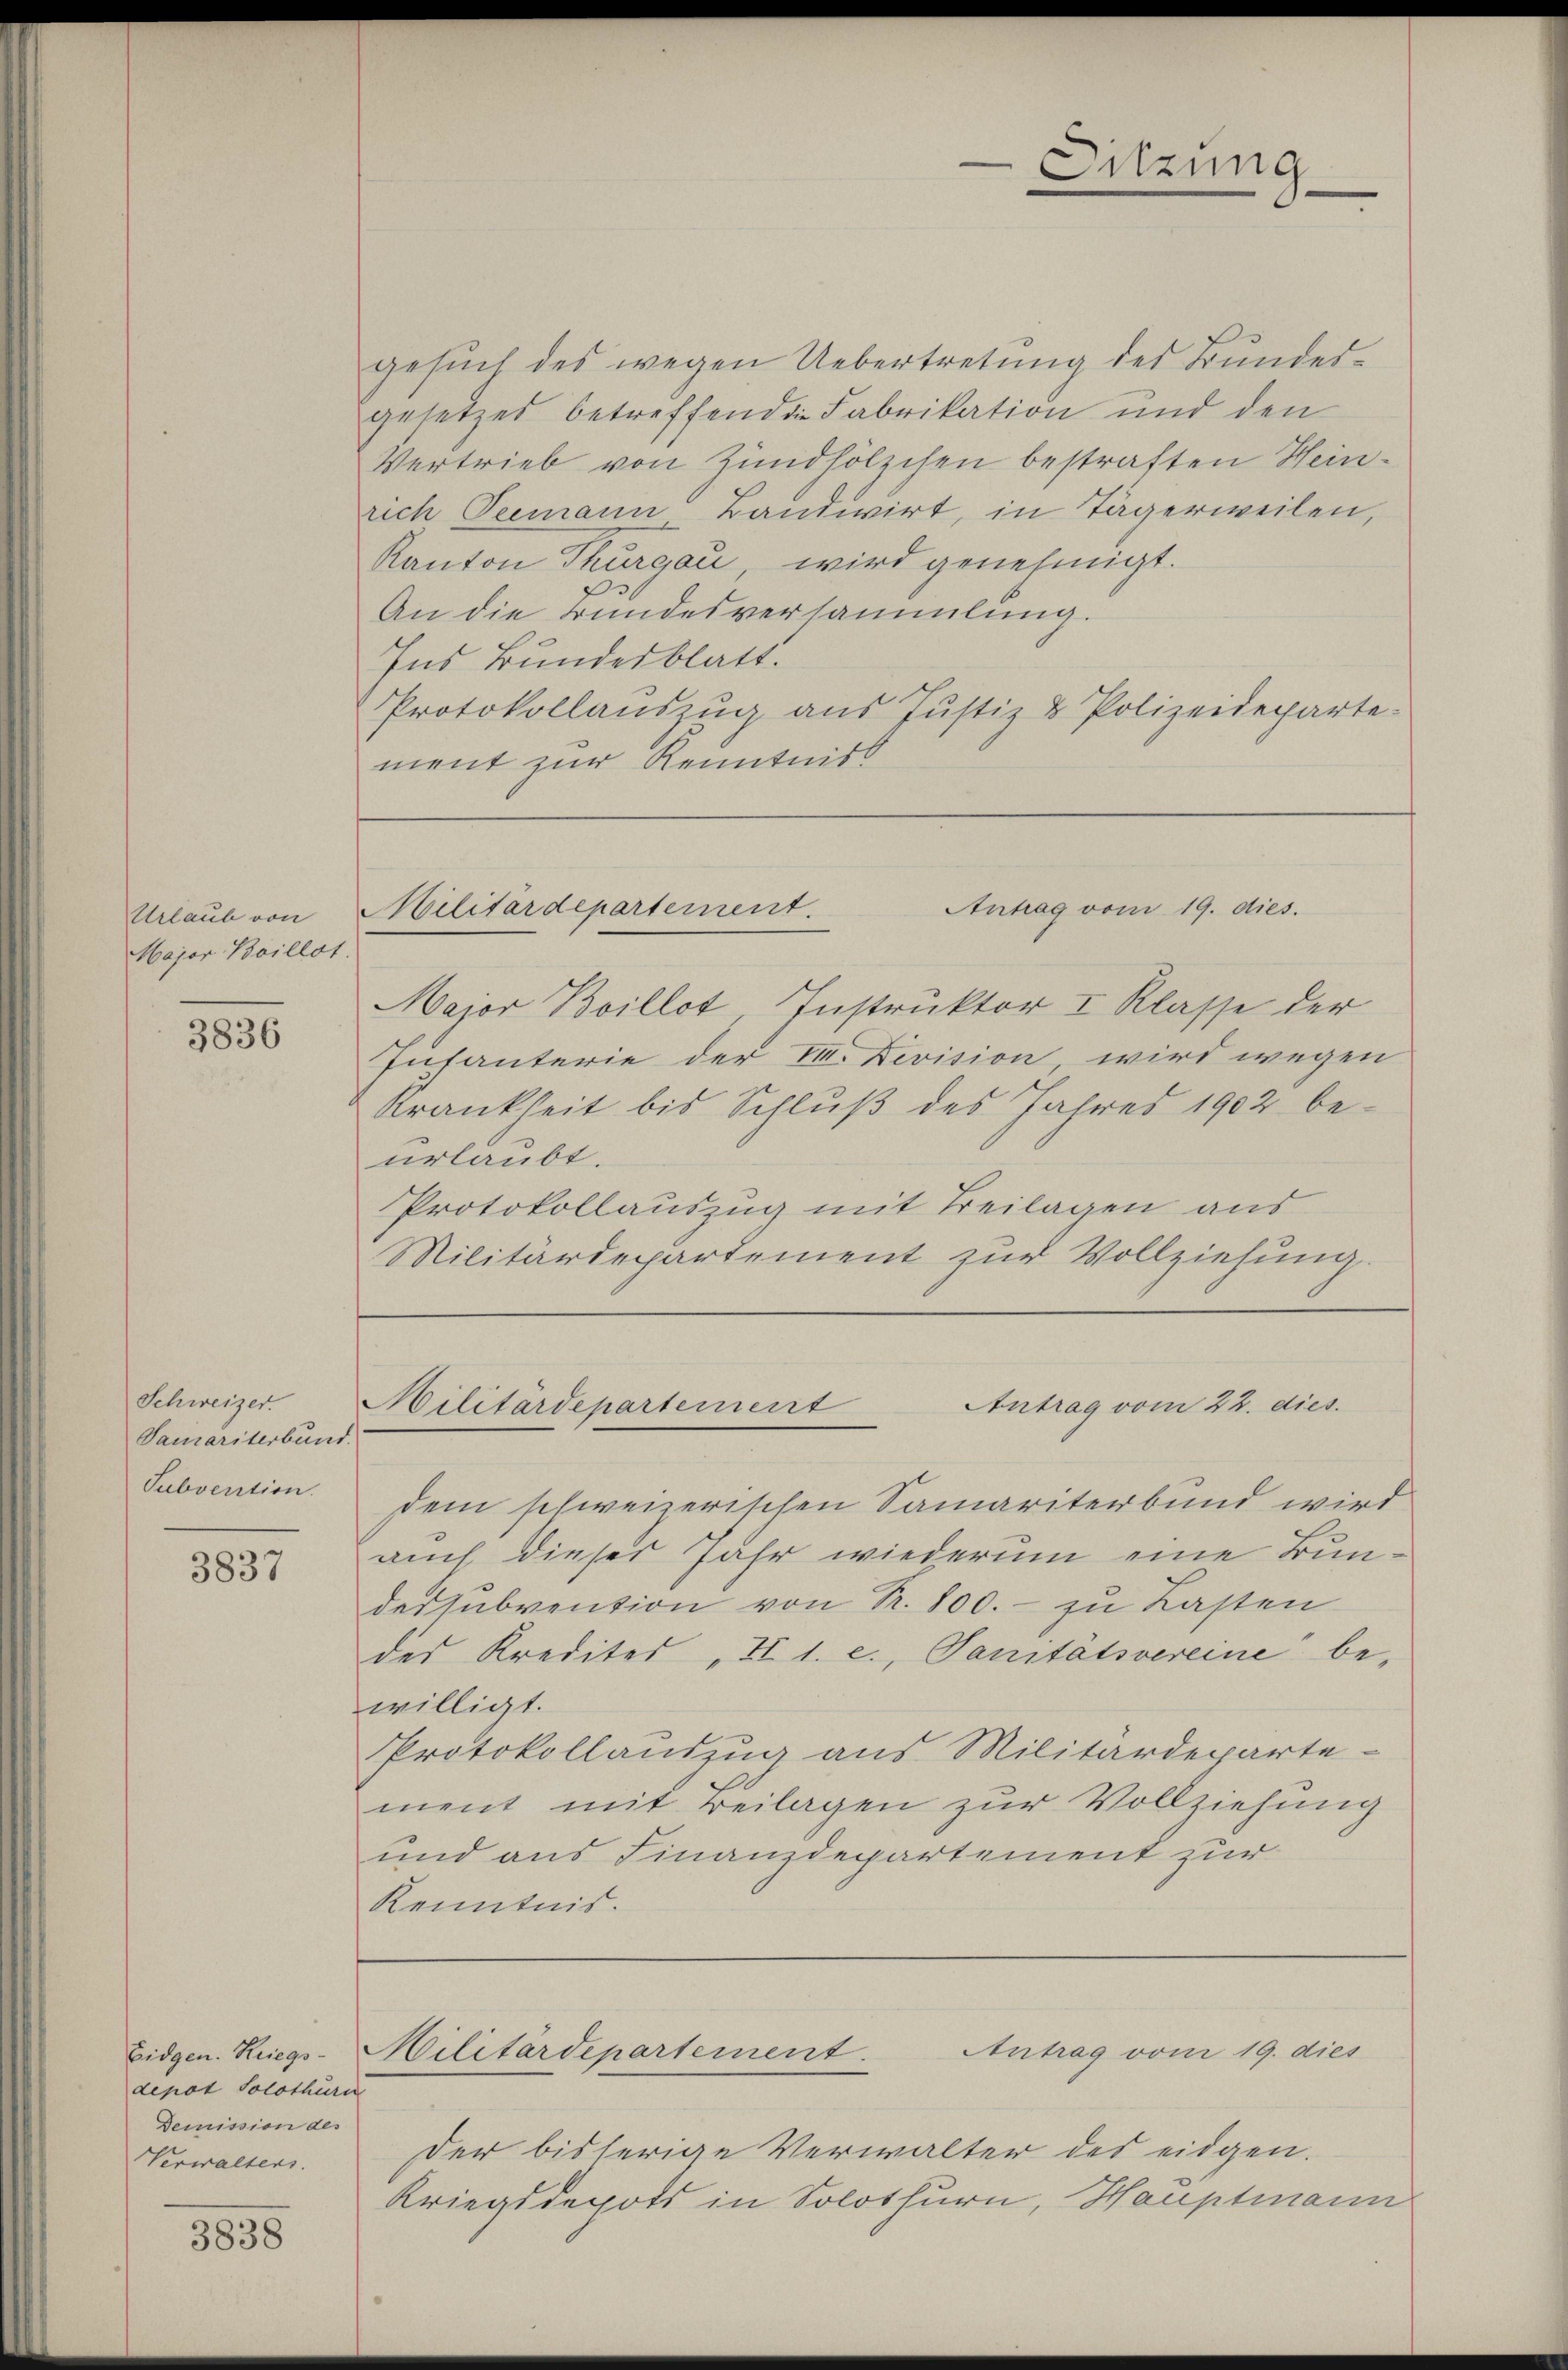
Urlaub von
Major Boillot.

3836

Schweizer
Samariterbund.
Subvention.

3837

depot Solothurn
Demission des
Verwalters.

3838

gesŭch des wegen Uebertretung des Bundes-
gesetzes betreffenden Fabrikation und den
Vertrieb von Zündhölzchen bestraften Heinrich Peemann Bandwirt, in Tägerweilen,
Kanton Thurgau, wird genehmigt.
An die Bundesversammlung.
Ins Bundesblatt.
Protokollaŭszŭg aŭs Jŭstiz & Polizeideparte-
ment zur Kenntniss

Major Boillot, Instruktor I. Klasse der
Infanterie der VI. Devision, wird wegen
Krankheit bis Schluß des Jahres 1902 beurlaubt.
Protokollauszug mit Beilagen aus
Militärdepartement zur Vollziehung.

Sitzung

Antrag vom 19. dies.
Militärdepartement.

Antrag vom 22. dies
Militärdepartement

dem schweizerischen Samariterbund wird
auch dieser Jahr wiederum eine BunderSubvention von Nr. 800. - zu Lasten
des Kredites „II 1. c., Sanitätsvereine bewilligt.
Protokollauszug aus Militärdeparte-
ment mit Beilagen zur Vollziehung
und aus Finanzdepartement zur
Kenntnis.

Antrag vom 19. dies
Eidgen. Kriegs-Militärdepartement

Der bisherige Verwalter des eidgen.
Kriegsdepots in Solothurn, Hauptmann